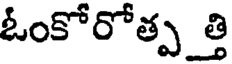
ఓంకోరోత్ప త్తి